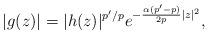
LaTeX: \begin{align*}|g(z)|=|h(z)|^{{p'}/p}e^{-\frac{\alpha(p'-p)}{2p}|z|^2},\end{align*}